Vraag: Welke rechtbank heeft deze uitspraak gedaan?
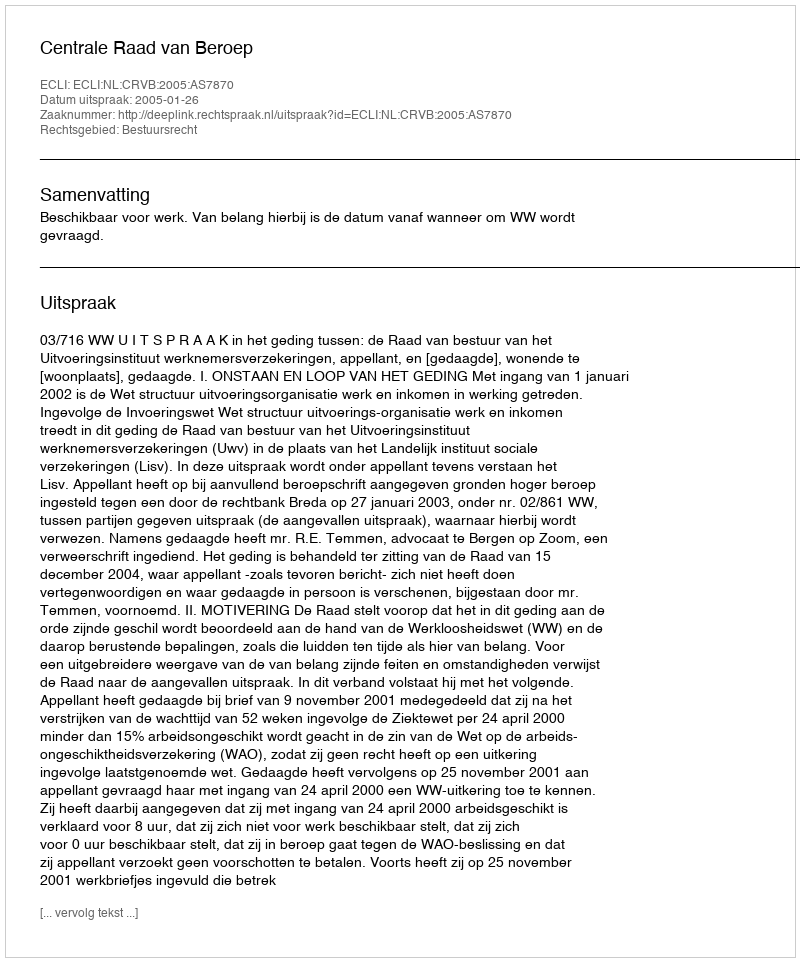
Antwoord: Centrale Raad van Beroep